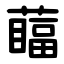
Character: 䕎